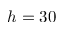
h = 3 0